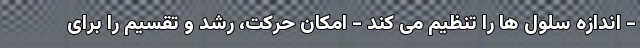
- اندازه سلول ها را تنظیم می کند - امکان حرکت، رشد و تقسیم را برای